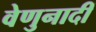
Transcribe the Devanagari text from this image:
वेणुनादीं